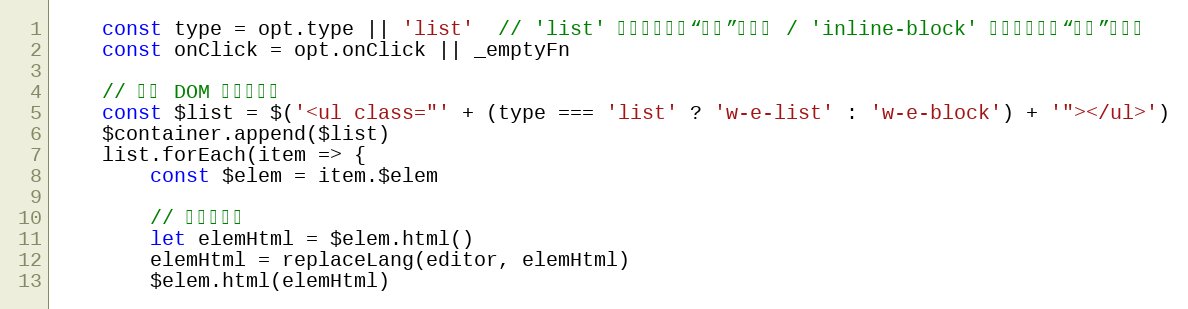
Language: JavaScript
    const type = opt.type || 'list'  // 'list' 列表形式（如“标题”菜单） / 'inline-block' 块状形式（如“颜色”菜单）
    const onClick = opt.onClick || _emptyFn

    // 加入 DOM 并绑定事件
    const $list = $('<ul class="' + (type === 'list' ? 'w-e-list' : 'w-e-block') + '"></ul>')
    $container.append($list)
    list.forEach(item => {
        const $elem = item.$elem

        // 替换多语言
        let elemHtml = $elem.html()
        elemHtml = replaceLang(editor, elemHtml)
        $elem.html(elemHtml)